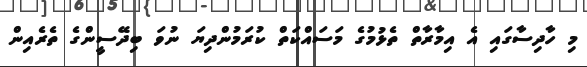
މި ހާދިސާގައި އެ އިމާރާތް ތެޅުމުގެ މަސައްކަތް ކުރަމުންދިޔަ ނުވަ ބިދޭސީންގެ ތެރެއިން